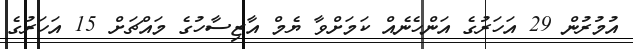
އުމުރުން 29 އަހަރުގެ އަންހެނެއް ކަމަށްވާ ޔެމް އާޒިސާހުގެ މައްޗަށް 15 އަހަރުގެ